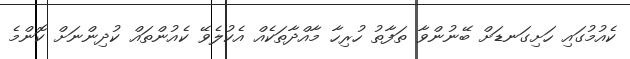
ކެއުމުގައި ހަށިގަނޑަށް ބޭނުންވާ ތަފާތު ހުރިހާ މާއްދާތަކެއް އެކުލެވޭ ކެއުންތައް ކުދިންނަށް ކޮންމެ